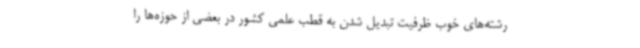
رشته‌های خوب ظرفیت تبدیل شدن به قطب علمی کشور در بعضی از حوزه‌ها را